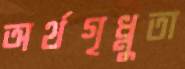
অর্থগৃধ্নুতা